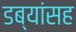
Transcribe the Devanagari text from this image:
डब्यांसह